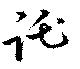
託